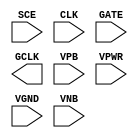
module sky130_fd_sc_ms__sdlclkp (
    //# {{scanchain|Scan Chain}}
    input  SCE ,

    //# {{clocks|Clocking}}
    input  CLK ,
    input  GATE,
    output GCLK,

    //# {{power|Power}}
    input  VPB ,
    input  VPWR,
    input  VGND,
    input  VNB
);
endmodule